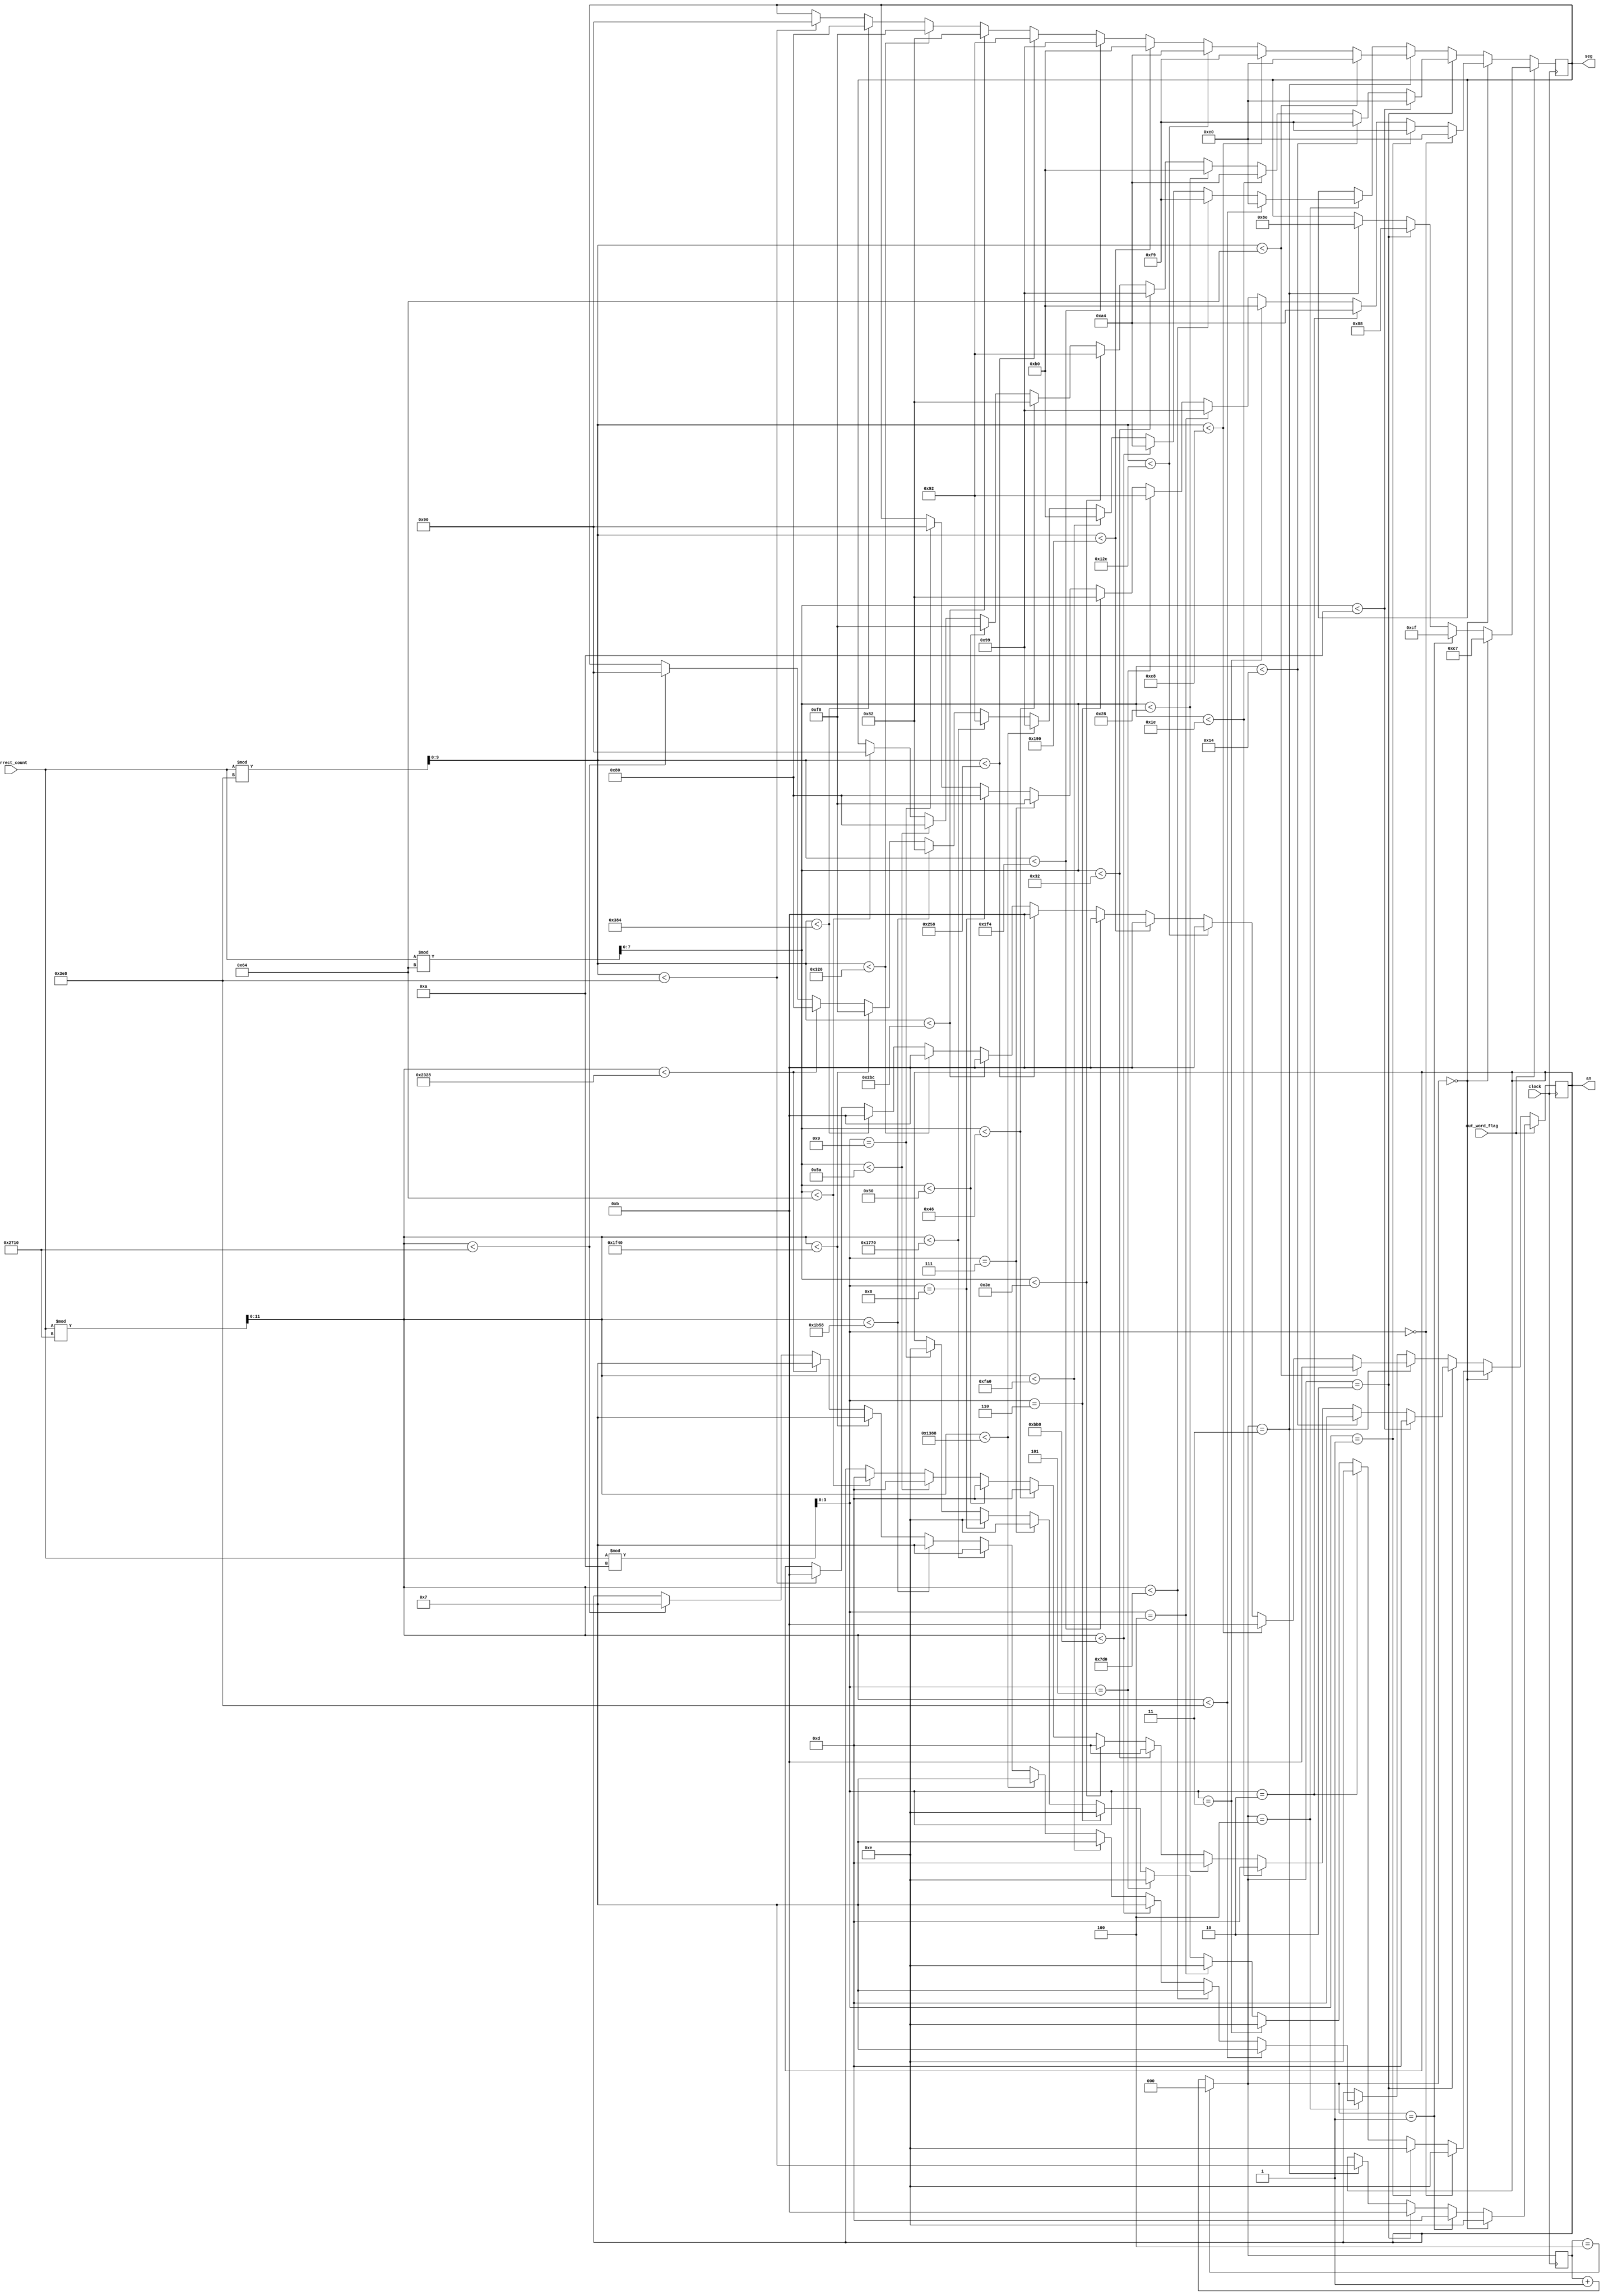
`timescale 1ns / 1ps
//////////////////////////////////////////////////////////////////////////////////
// Company: 
// Engineer: 
// 
// Design Name: 
// Module Name: display_count_on_seg
// Project Name: 
// Target Devices: 
// Tool Versions: 
// Description: 
// 
// Dependencies: 
// 
// Revision:
// Revision 0.01 - File Created
// Additional Comments:
// 
//////////////////////////////////////////////////////////////////////////////////


module display_count_on_seg(input [15:0] correct_count, input clock, output reg [7:0] seg,
 output reg [3:0] an, input out_word_flag);
reg [11:0] thousandth;
reg [9:0] hundredth;
reg [7:0] tenth;
reg [3:0] oneth;
reg [2:0]flag = 0;
always @ (posedge clock) begin
    flag = (flag == 4) ? 0 : flag + 1;
    if (out_word_flag == 0) begin
        oneth = correct_count % 10;
        tenth = correct_count % 100;
        hundredth = correct_count % 1000;
        thousandth = correct_count % 10000;
        if (flag == 0) begin
            if (oneth == 4'd0) begin
                an <= 4'b1110;
                seg <= 8'b11000000; 
            end else if (oneth == 4'd1) begin
                an <= 4'b1110;
                seg <= 8'b11111001;
            end else if (oneth == 4'd2) begin
                an <= 4'b1110;
                seg <= 8'b10100100;
            end else if (oneth == 4'd3) begin
                an <= 4'b1110;
                seg <= 8'b10110000;
            end else if (oneth == 4'd4) begin
                an <= 4'b1110;
                seg <= 8'b10011001;
            end else if (oneth == 4'd5) begin
                an <= 4'b1110;
                seg <= 8'b10010010;
            end else if (oneth == 4'd6) begin
                an <= 4'b1110;
                seg <= 8'b10000010;
            end else if (oneth == 4'd7) begin
                an <= 4'b1110;
                seg <= 8'b11111000;
            end else if (oneth == 4'd8) begin
                an <= 4'b1110;
                seg <= 8'b10000000;
            end else if (oneth == 4'd9) begin
                an <= 4'b1110;
                seg <= 8'b10010000;
            end 
        end else if (flag == 2) begin
            if (tenth < 10) begin
                an <= 4'b1101;
                seg <= 8'b11000000;
            end else if (tenth < 20) begin
                an <= 4'b1101;
                seg <= 8'b11111001;
            end else if (tenth < 30) begin
                an <= 4'b1101;
                seg <= 8'b10100100;
            end else if (tenth < 40) begin
                an <= 4'b1101;
                seg <= 8'b10110000;
            end else if (tenth < 50) begin
                an <= 4'b1101;
                seg <= 8'b10011001;
            end else if (tenth < 60) begin
                an <= 4'b1101;
                seg <= 8'b10010010;
            end else if (tenth < 70) begin
                an <= 4'b1101;
                seg <= 8'b10000010;
            end else if (tenth < 80) begin
                an <= 4'b1101;
                seg <= 8'b11111000;
            end else if (tenth < 90) begin
                an <= 4'b1101;
                seg <= 8'b10000000;
            end else if (tenth < 100) begin
                an <= 4'b1101;
                seg <= 8'b10010000;
            end        
        end else if (flag == 3) begin
            if (hundredth < 100) begin
                an <= 4'b1011;
                seg <= 8'b11000000;
            end else if (hundredth < 200) begin
                an <= 4'b1011;
                seg <= 8'b11111001;
            end else if (hundredth < 300) begin
                an <= 4'b1011;
                seg <= 8'b10100100;
            end else if (hundredth < 400) begin
                an <= 4'b1011;
                seg <= 8'b10110000;
            end else if (hundredth < 500) begin
                an <= 4'b1011;
                seg <= 8'b10011001;
            end else if (hundredth < 600) begin
                an <= 4'b1011;
                seg <= 8'b10010010;
            end else if (hundredth < 700) begin
                an <= 4'b1011;
                seg <= 8'b10000010;
            end else if (hundredth < 800) begin
                an <= 4'b1011;
                seg <= 8'b11111000;
            end else if (hundredth < 900) begin
                an <= 4'b1011;
                seg <= 8'b10000000;
            end else if (hundredth < 1000) begin
                an <= 4'b1011;
                seg <= 8'b10010000;
            end           
        end else if (flag == 4) begin
            if (thousandth < 1000) begin
                an <= 4'b0111;
                seg <= 8'b11000000;
            end else if (thousandth < 2000) begin
                an <= 4'b0111;
                seg <= 8'b11111001;
            end else if (thousandth < 3000) begin
                an <= 4'b0111;
                seg <= 8'b10100100;
            end else if (thousandth < 4000) begin
                an <= 4'b0111;
                seg <= 8'b10110000;
            end else if (thousandth < 5000) begin
                an <= 4'b0111;
                seg <= 8'b10011001;
            end else if (thousandth < 6000) begin
                an <= 4'b0111;
                seg <= 8'b10010010;
            end else if (thousandth < 7000) begin
                an <= 4'b0111;
                seg <= 8'b10000010;
            end else if (thousandth < 8000) begin
                an <= 4'b0111;
                seg <= 8'b11111000;
            end else if (thousandth < 9000) begin
                an <= 4'b0111;
                seg <= 8'b10000000;
            end else if (thousandth < 10000) begin
                an <= 4'b0111;
                seg <= 8'b10010000;
            end           
        end 
    end else if (out_word_flag == 1) begin
        if (flag == 0) begin
            an <= 4'b1110;      
            seg <= 8'b11000111;  
        end else if (flag == 1) begin
            an <= 4'b1101;
            seg <= 8'b11001111;
        end else if (flag == 2) begin
            an <= 4'b1011;
            seg <= 8'b10001000;
        end else if (flag == 3) begin
            an <= 4'b0111;
            seg <= 8'b10001110; 
        end
    end
end

endmodule